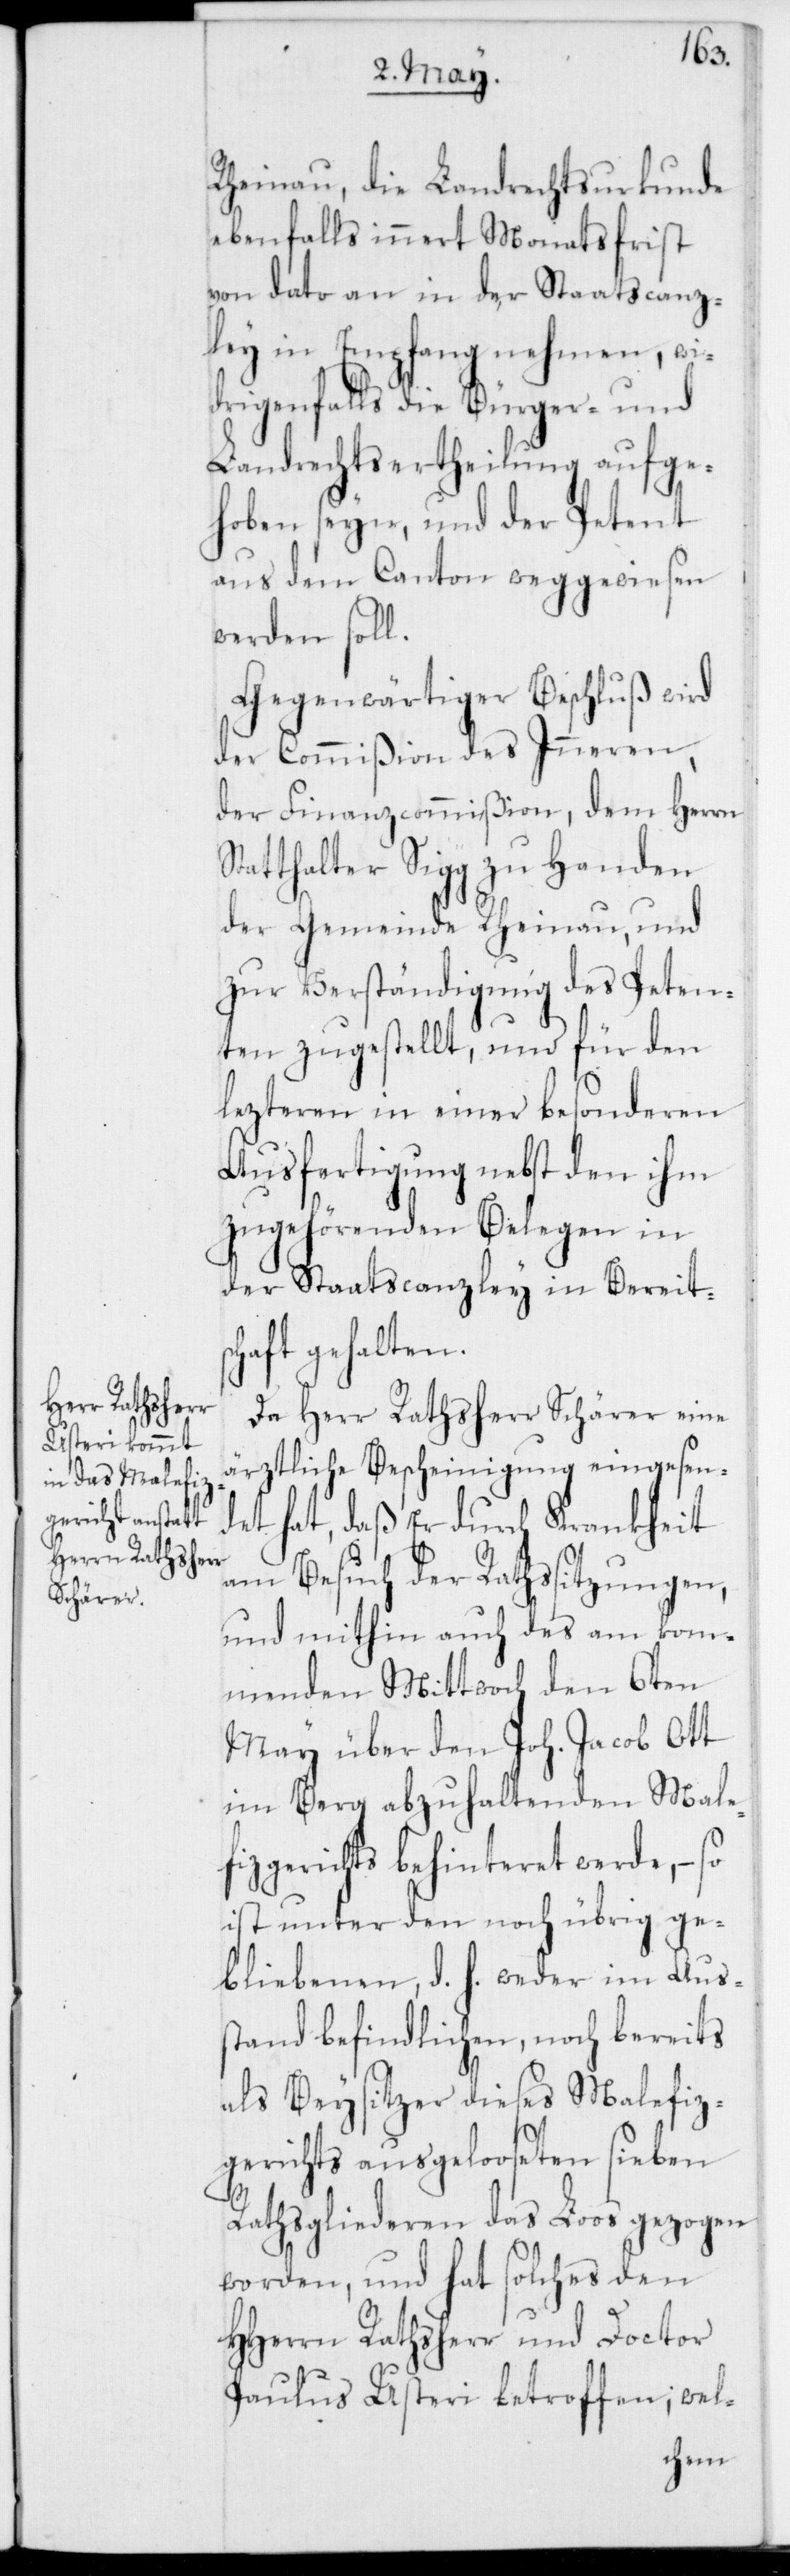
Rheinau die Landrechtsurkunde
ebenfalls innert Monatsfrist
von dato an in der Staatscanz¬
ley in Empfang nehmen, wi¬
drigenfalls die Bürger- und
Landrechtsertheilung aufge¬
hoben seyn, und der Petent
aus dem Canton weggewiesen
werden soll.
Gegenwärtiger Beschluß wird
der Commißion des Inneren,
der Finanzcommißion, dem Herrn
Statthalter Sigg zu Handen
der Gemeinde Rheinau und
zur Verständigung des Peten¬
ten zugestellt, und für den
lezteren in einer besonderen
Ausfertigung nebst den ihm
zugehörenden Belegen in
der Staatscanzley in Bereits¬
chaft gehalten.
Da Herr Rathsherr Schärer eine
ärztliche Bescheinigung eingesen¬
det hat, daß er durch Krankheit
am Besuch der Rathssitzungen,
und mithin auch des am kom¬
menden Mittwoch den 6ten
May über den Joh. Jacob Ott
im Berg abzuhaltenden Male¬
fizgerichts behinderet werde, – so
ist unter den noch übrig ge¬
bliebenen, d. h. weder im Aus¬
stand befindlichen, noch bereits
als Beysitzer dieses Malefiz¬
gerichts ausgelooseten sieben
Rathsgliederen das Loos gezogen
worden, und hat solches den
HHerrn Rathsherr und Doctor
Paulus Usteri betroffen; wel-